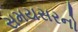
સમયસરનો